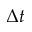
\Delta t